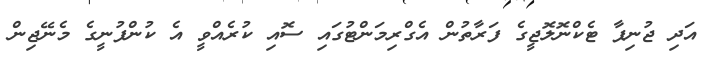
އަދި ޖުނިޕާ ޓެކްނޮލޮޖީގެ ފަރާތުން އެގްރިމަންޓުގައި ސޮއި ކުރެއްވީ އެ ކުންފުނީގެ މެނޭޖިން